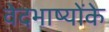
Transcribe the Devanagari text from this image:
वेदभाष्योंके